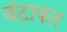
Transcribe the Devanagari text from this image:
बंटाकर